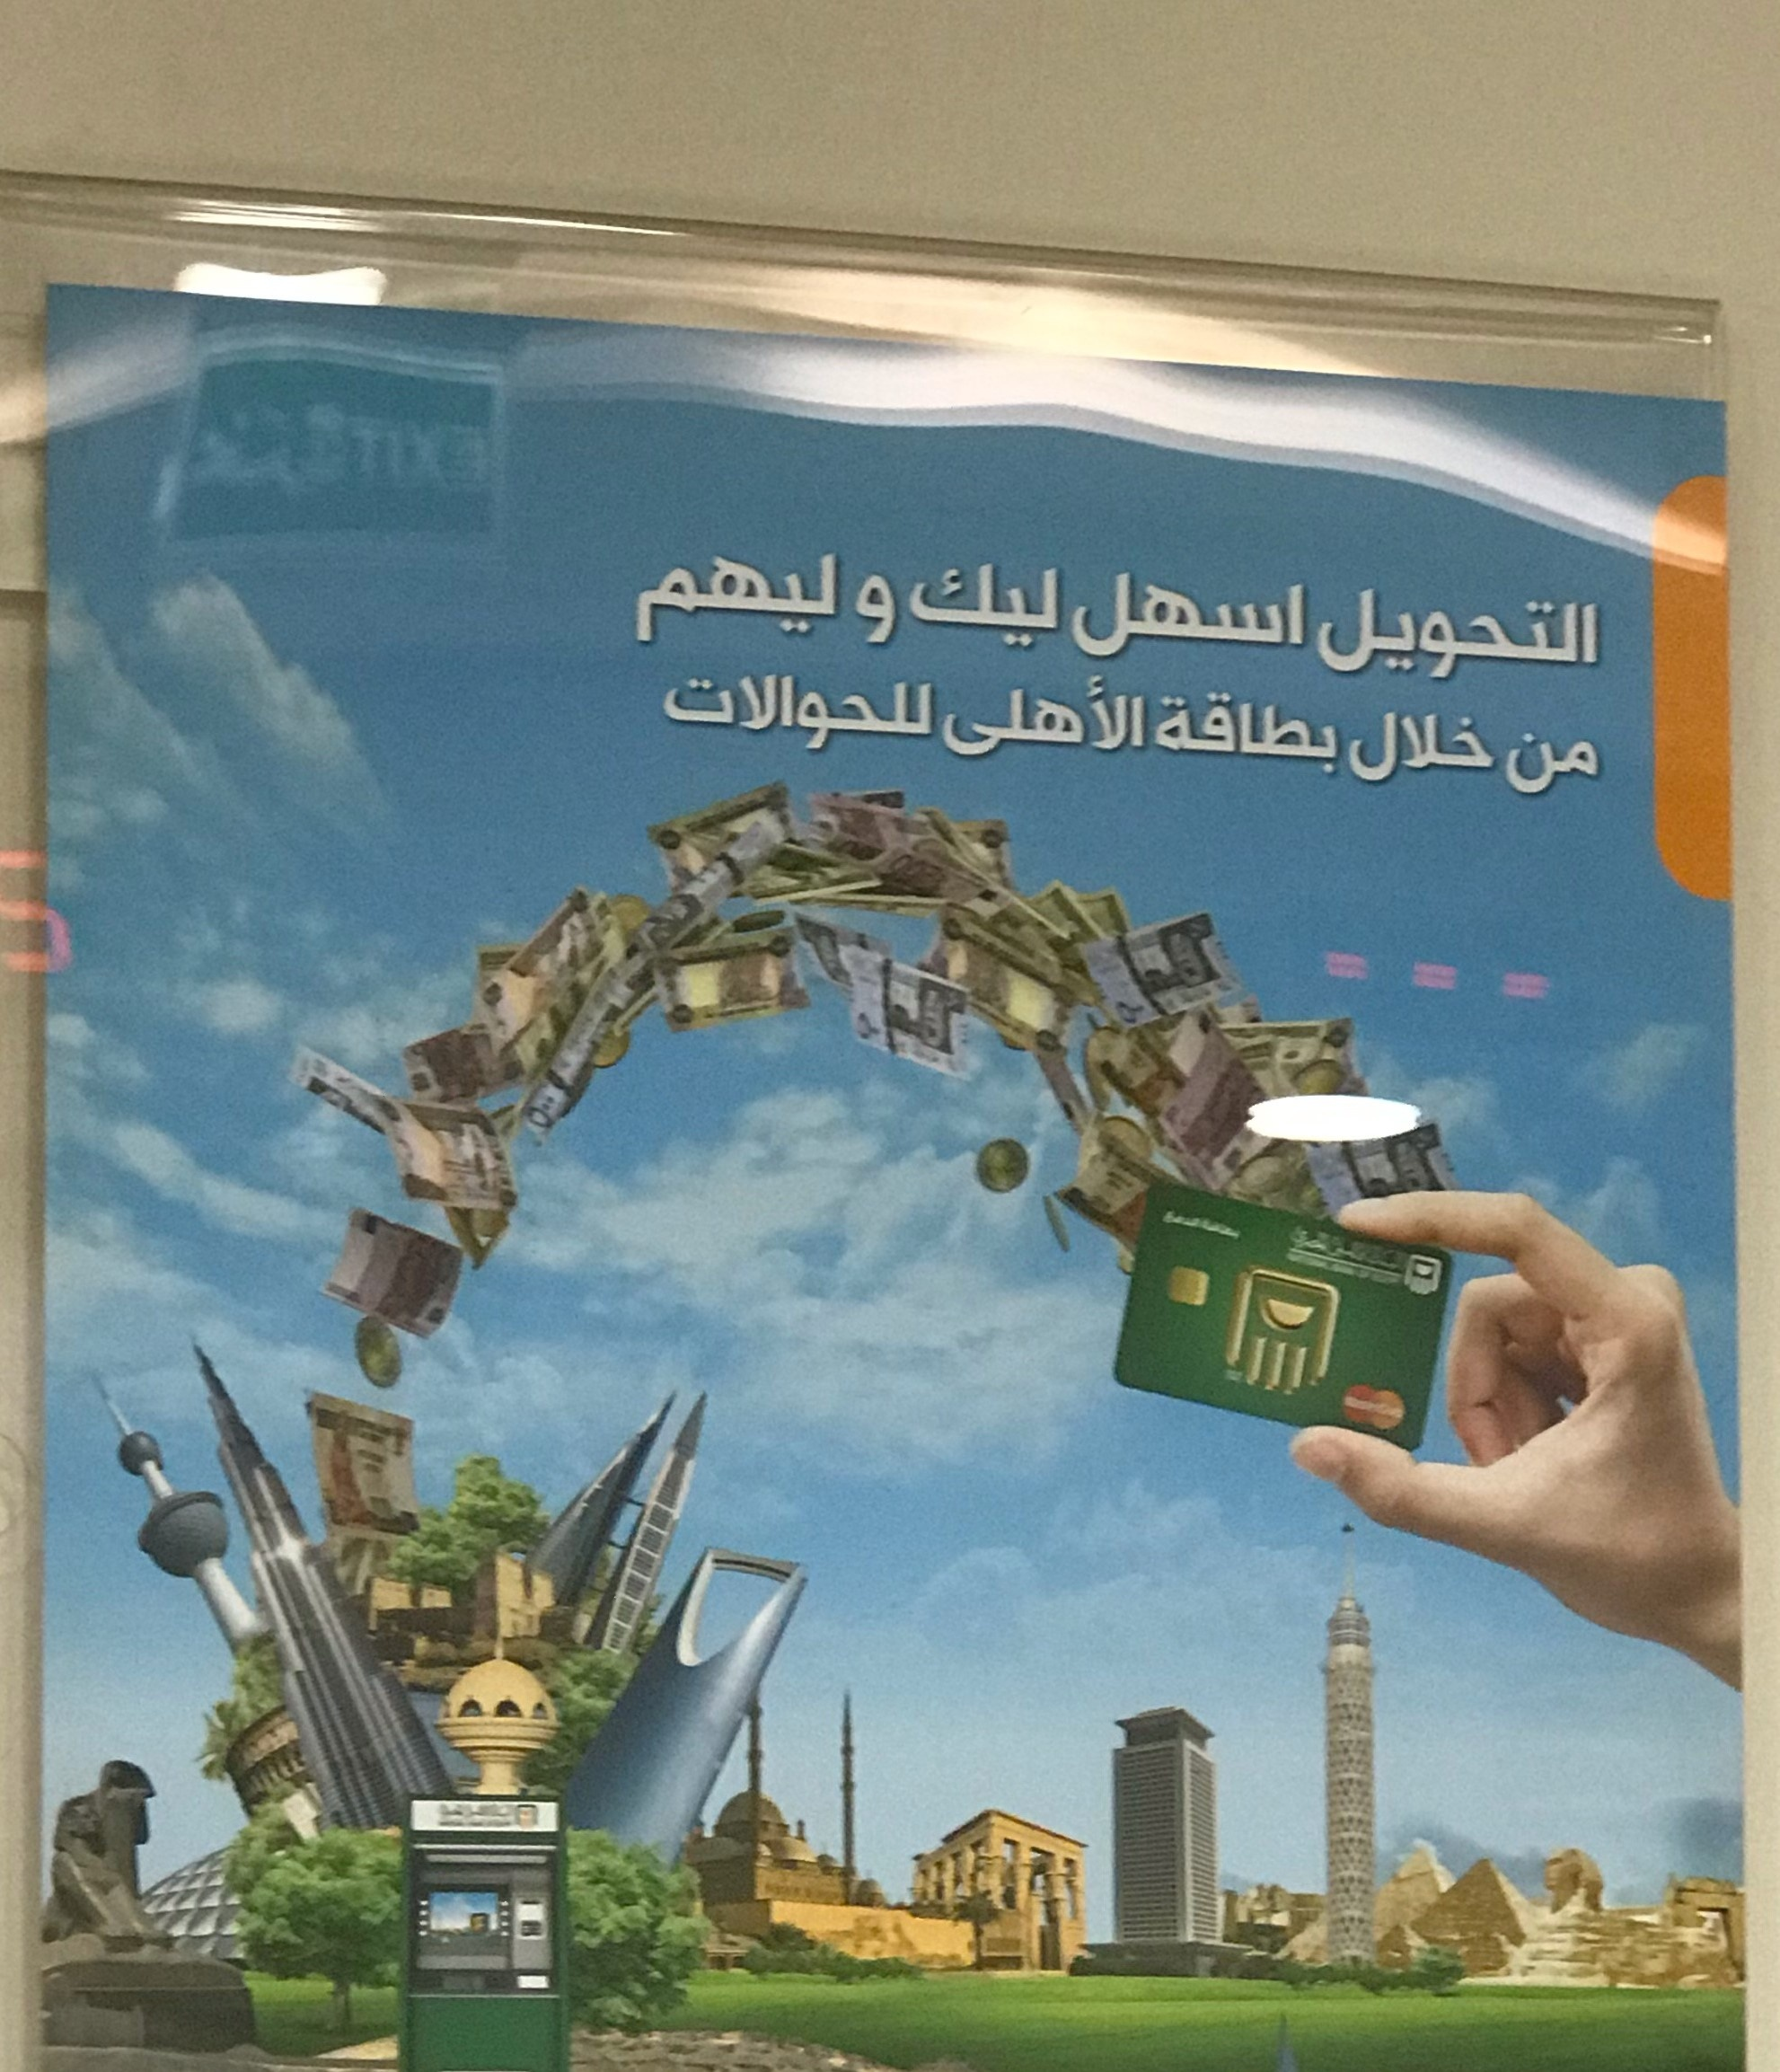
Text in image: ليك وليهم اسهل التحويل للحوالات الأهلى بطاقة خلال من